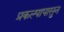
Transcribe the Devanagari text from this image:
प्रकल्पापासुन